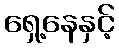
ရှေ့နေနှင့်